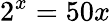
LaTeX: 2^{x}=50x